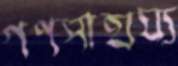
গণসাহায্য